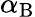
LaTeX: \alpha_{\mathrm{{B}}}